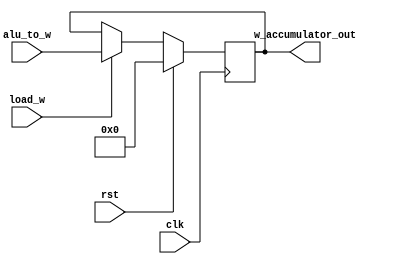
// This is part of the ECE241 final project
// This file contains the W accumulator of CPU which saves the result coming out of ALU and have bus to send back to ALU

module cpu_w_accumulator(clk, rst, load_w, alu_to_w, w_accumulator_out);

    input clk;
    input rst;
    input load_w;
    input [7:0]alu_to_w;
    output reg [7:0]w_accumulator_out;

    always @ (posedge clk)
    begin
        if (rst)
            w_accumulator_out <= 8'b0;
        else if (load_w)
            w_accumulator_out <= alu_to_w;
    end
endmodule